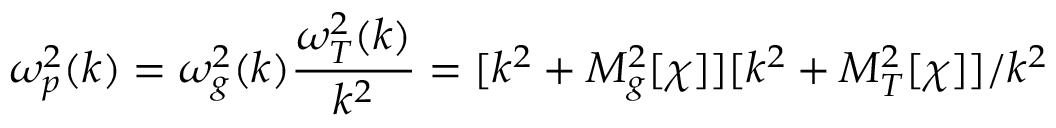
\omega _ { p } ^ { 2 } ( k ) = \omega _ { g } ^ { 2 } ( k ) \frac { \omega _ { T } ^ { 2 } ( k ) } { k ^ { 2 } } = [ k ^ { 2 } + M _ { g } ^ { 2 } [ \chi ] ] [ k ^ { 2 } + M _ { T } ^ { 2 } [ \chi ] ] / k ^ { 2 }